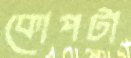
কোপটা